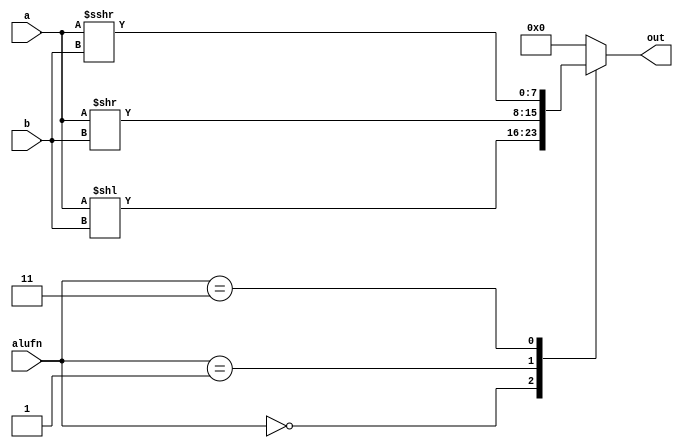
/*
   This file was generated automatically by the Mojo IDE version B1.3.6.
   Do not edit this file directly. Instead edit the original Lucid source.
   This is a temporary file and any changes made to it will be destroyed.
*/

module shifter_51 (
    input [7:0] a,
    input [7:0] b,
    input [1:0] alufn,
    output reg [7:0] out
  );
  
  
  
  always @* begin
    
    case (alufn)
      2'h0: begin
        out = a << b;
      end
      2'h1: begin
        out = a >> b;
      end
      2'h3: begin
        out = $signed(a) >>> b;
      end
      default: begin
        out = 1'h0;
      end
    endcase
  end
endmodule